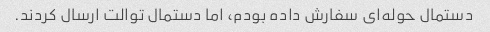
دستمال حوله‌ای سفارش داده بودم، اما دستمال توالت ارسال کردند.